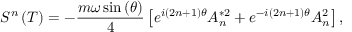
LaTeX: S ^ { n } \left( T \right) = - \frac { m \omega \sin \left( \theta \right) } 4 \left[ e ^ { i \left( 2 n + 1 \right) \theta } A _ { n } ^ { * 2 } + e ^ { - i \left( 2 n + 1 \right) \theta } A _ { n } ^ { 2 } \right] ,